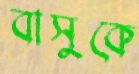
বাসুকে